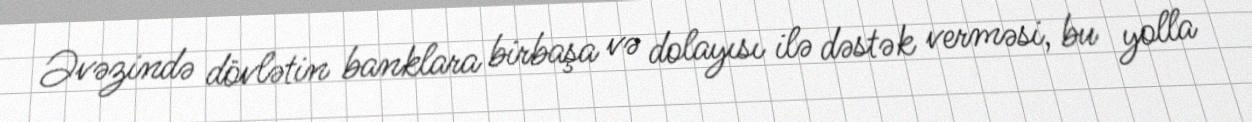
Əvəzində dövlətin banklara birbaşa və dolayısı ilə dəstək verməsi, bu yolla